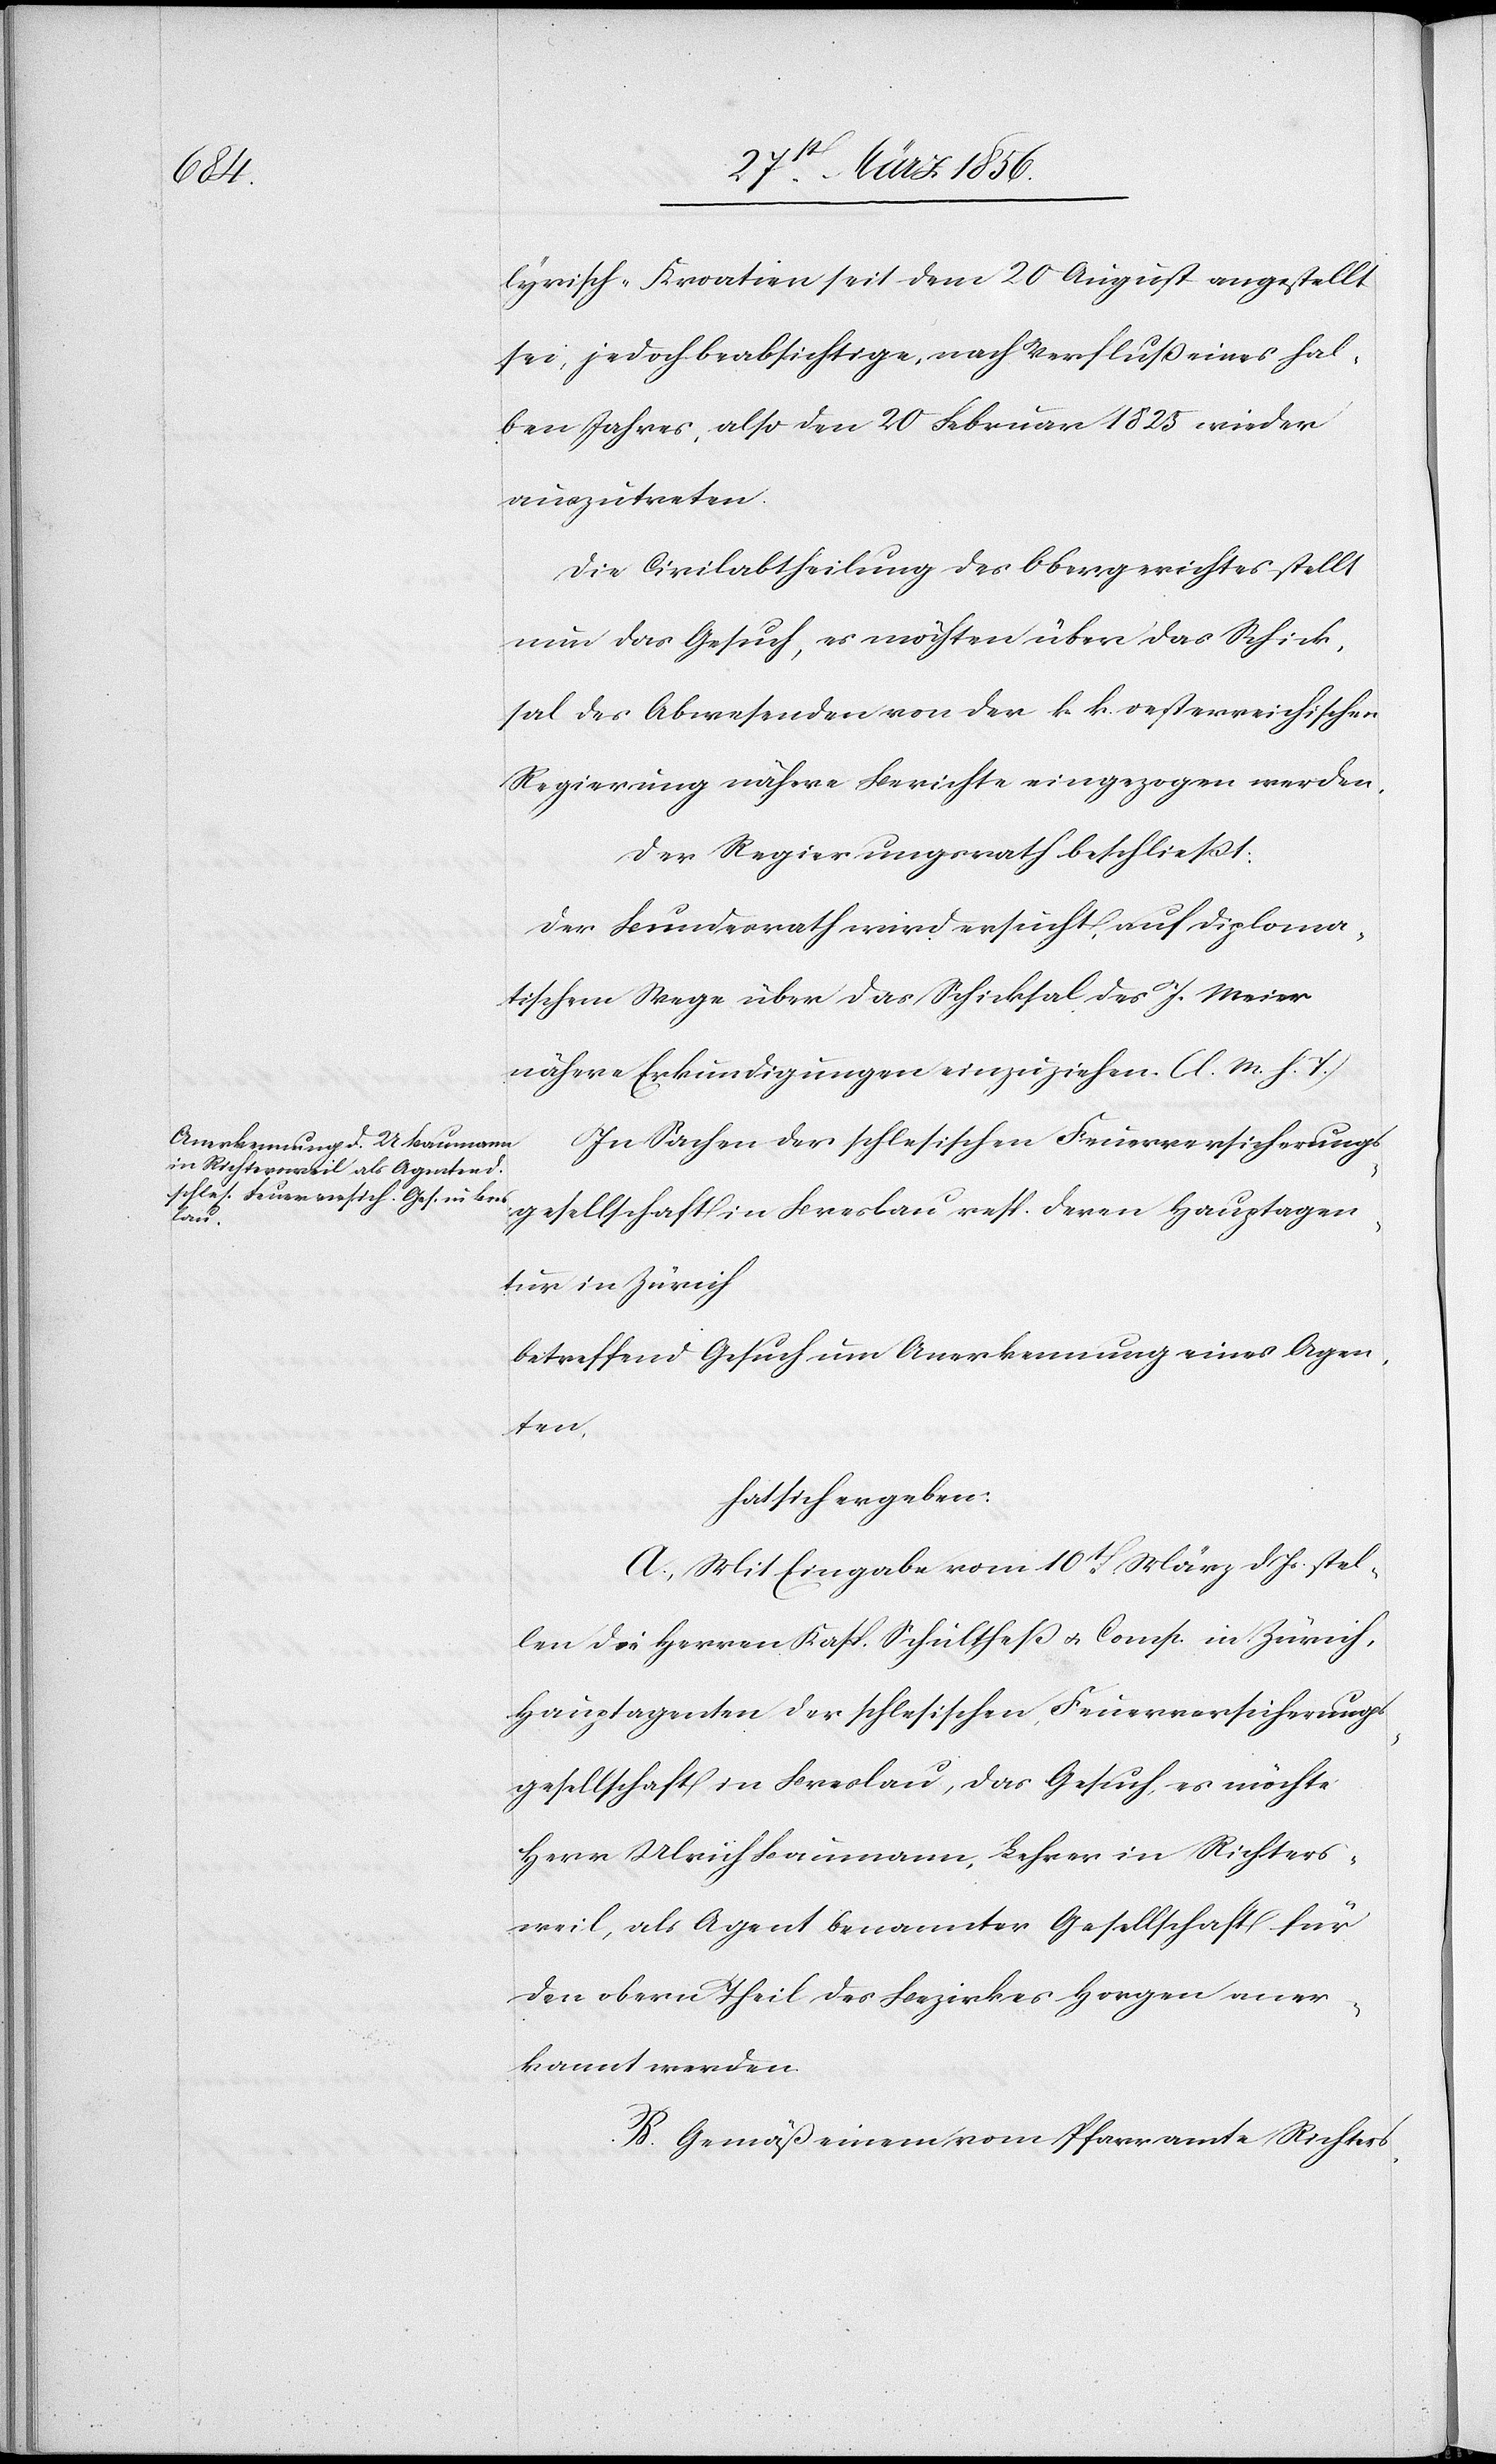
lrisch-Kroatien seit dem 20 August angestellt
sei, jedoch beabsichtige, nach Verfluß eines hal¬
ben Jahres, also den 20 Februar 1825 wieder
auszutreten.
Die Civilabtheilung des Obergerichtes stellt
nun das Gesuch, es möchten über das Schick¬
sal des Abwesenden von der k. k. oesterreichischen
Regierung nähere Berichte eingezogen werden.
Der Regierungsrath beschließt:
Der Bundesrath wird ersucht, auf diploma¬
tischem Wege über das Schicksal des J. Meier
nähere Erkundigungen einzuziehen. (l. M. h. T.)
In Sachen der schlesischen Feuerversicherungs¬
gesellschaft in Breslau resp. deren Hauptagen¬
tur in Zürich
betreffend Gesuch um Anerkennung eines Agen¬
ten,
hat sich ergeben:
A., Mit Eingabe vom 10t März d Js. stel¬
len die Herren Kasp. Schultheß u. Comp. in Zürich,
Hauptagenten der schlesischen Feuerversicherungs¬
gesellschaft in Breslau, das Gesuch, es möchte
Herr Ulrich Baumann, Lehrer in Richters¬
weil, als Agent benannter Gesellschaft für
den obern Theil des Bezirkes Horgen aner¬
kannt werden.
B. Gemäß einem vom Pfarramte Richters-